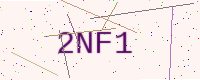
Text: 2NF1